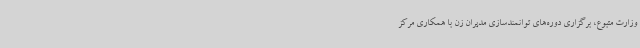
وزارت متبوع، برگزاری دوره‌های توانمندسازی مدیران زن با همکاری مرکز